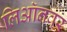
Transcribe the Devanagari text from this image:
लिऑनवर